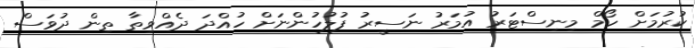
ކުރުމަށް ހޯމް މިނިސްޓަރު އުމަރު ނަސީރު ފުލުހުންނަށް ހުއްދަ ދެއްވިތާ ތިން ދުވަސް